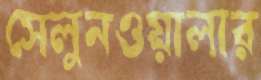
সেলুনওয়ালার